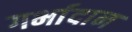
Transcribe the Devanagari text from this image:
गर्भादान